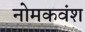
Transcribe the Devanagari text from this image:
नोमकवंश